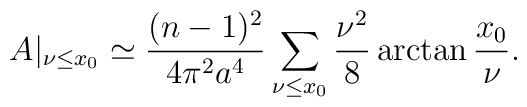
A|_{\nu\leq x_0}\simeq\frac{(n-1)^2}{4 \pi^2 a^4}\sum_{\nu\leq x_0}\frac{\nu^2}{8}\arctan \frac{x_0}{\nu}.